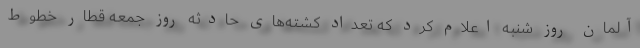
آلمان روز شنبه اعلام کرد که تعداد کشته‌های حادثه روز جمعه قطار خطوط